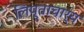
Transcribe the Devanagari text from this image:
लिप्ताचार्य